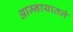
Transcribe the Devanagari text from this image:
आम्नायातले